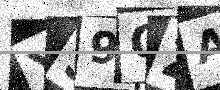
Text: YS9QZA